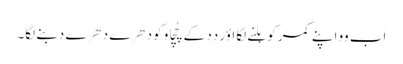
اَب وو اَپنے کمر کو ہِلنے لگا اؤر دِدِ کے چُچِاو کو دھِرے دھِرے دبنے لگا۔